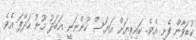
ކުޑަވާން ފެށި އެވެ. ކައިރިޔަށް އަޔަސް ހުންނަނީ އަބަދު މޫނު ހަދާފަ އެވެ.